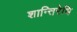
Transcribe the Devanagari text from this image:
शान्तिरेधि